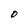
Character: D